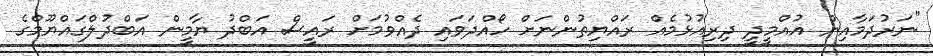
"ނަރުދަމާއިން އުއްމީދީ ދިރިއުޅުމެއް ރައްޔިތުންނަށް ހޯއްދަވައި ދެއްވުމަށް ރައީސް އަބްދު ޔާމީން އަބްދުލްގައްޔޫމްގެ